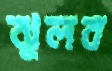
ঝুলব